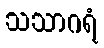
သသာဂရံ